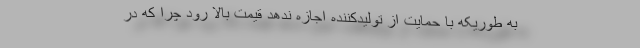
به طوریکه با حمایت از تولیدکننده اجازه ندهد قیمت بالا رود چرا که در